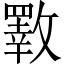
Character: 斁